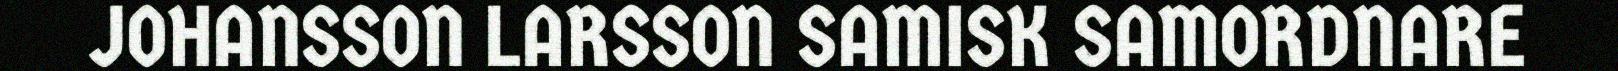
JOHANSSON LARSSON SAMISK SAMORDNARE